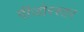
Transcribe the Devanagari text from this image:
पींजोरस्तर